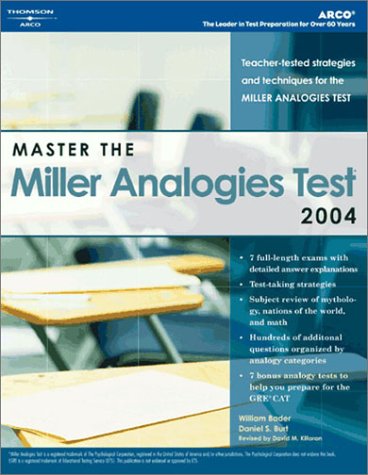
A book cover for Master the Miller Analogies Test 2004 (Arco Master the Miller Analogies Test); Arco; Test Preparation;